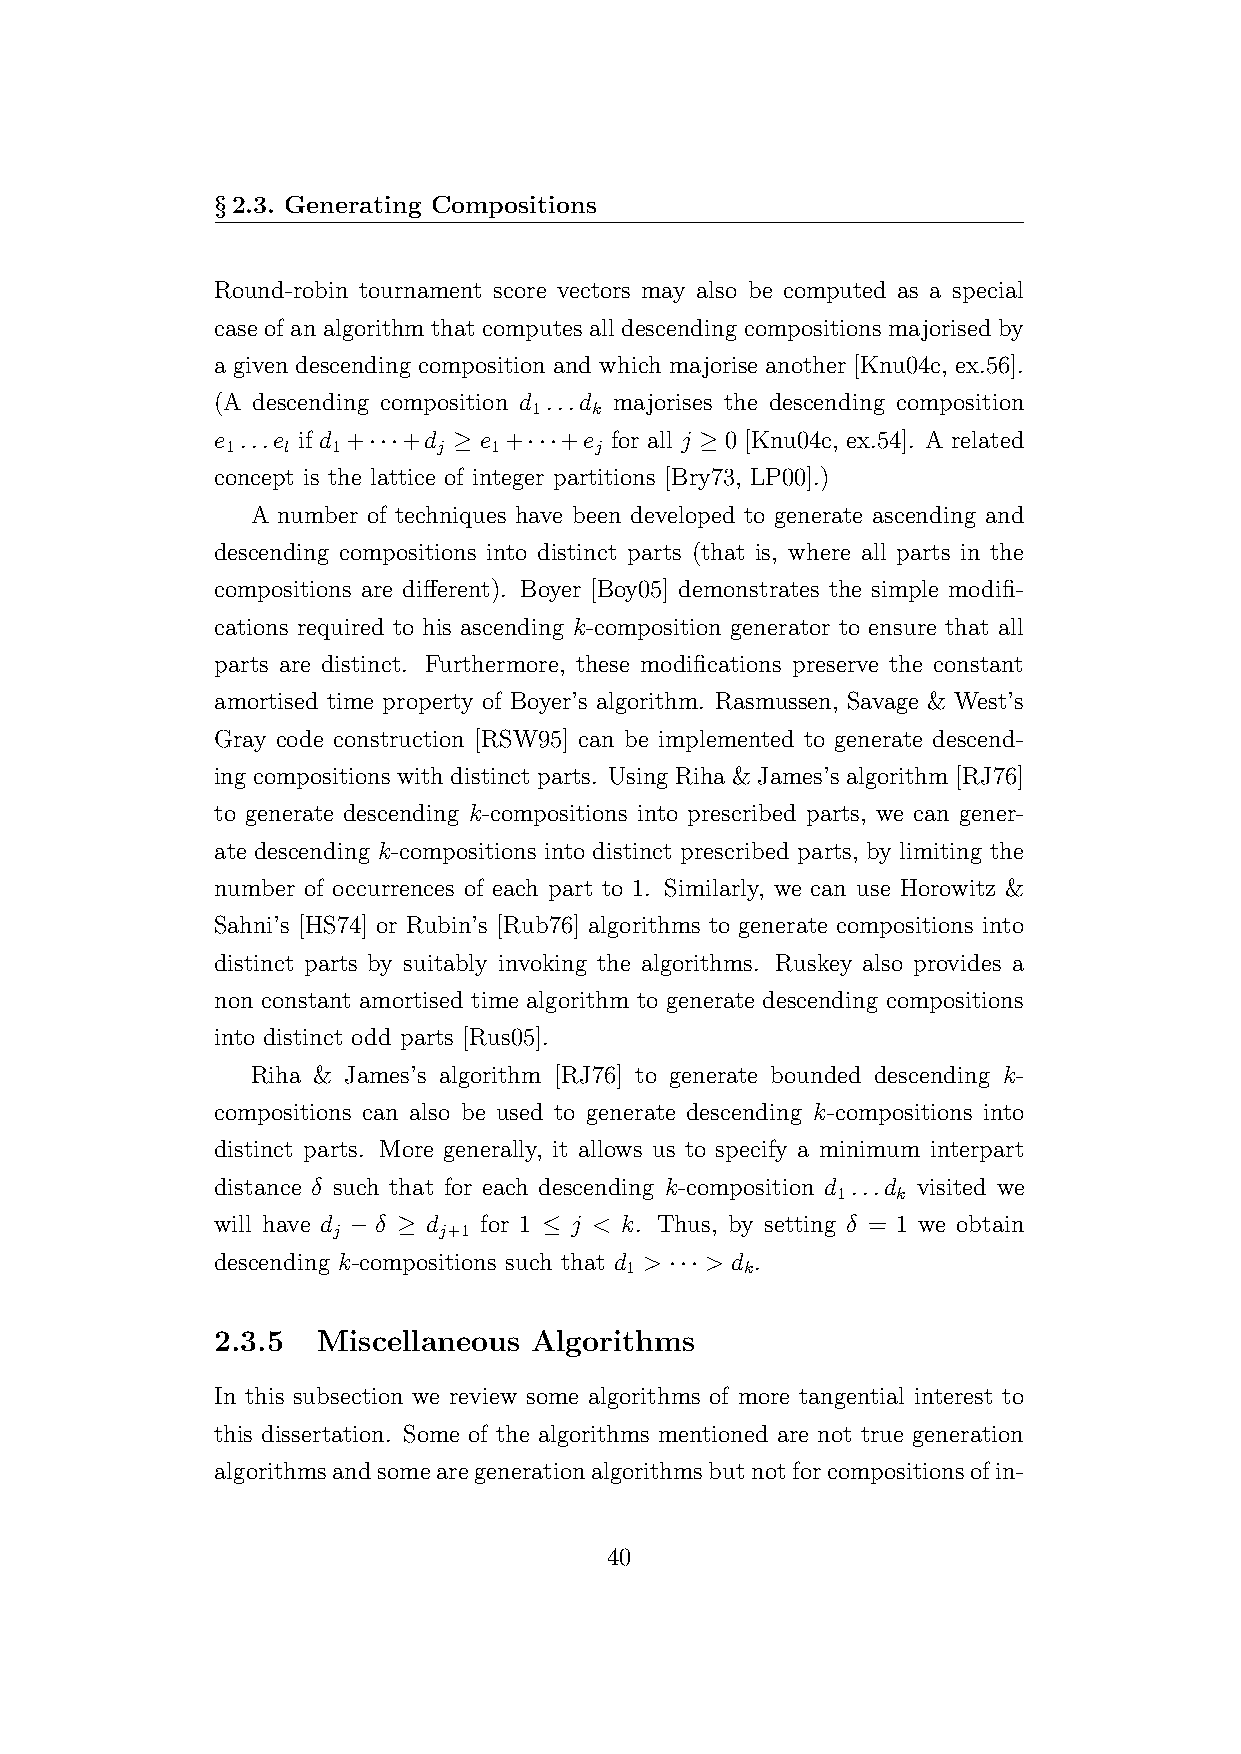
§2.3. Generating Compositions
 Round-robin tournament score vectors may also be computed as a special
 case of an algorithm that computes all descending compositions majorised by
 a given descending composition and which majorise another [Knu04c, ex.56].
 (A descending composition d ...d majorises the descending composition
 1   k
 e ...e if d +···+d ≥ e +···+e for all j ≥ 0 [Knu04c, ex.54]. A related
 1   l  1      j  1      j
 concept is the lattice of integer partitions [Bry73, LP00].)
 A number of techniques have been developed to generate ascending and
 descending compositions into distinct parts (that is, where all parts in the
 compositions are different). Boyer [Boy05] demonstrates the simple modifi-
 cations required to his ascending k-composition generator to ensure that all
 parts are distinct. Furthermore, these modifications preserve the constant
 amortised time property of Boyer’s algorithm. Rasmussen, Savage & West’s
 Gray code construction [RSW95] can be implemented to generate descend-
 ing compositions with distinct parts. Using Riha & James’s algorithm [RJ76]
 to generate descending k-compositions into prescribed parts, we can gener-
 ate descending k-compositions into distinct prescribed parts, by limiting the
 number of occurrences of each part to 1. Similarly, we can use Horowitz &
 Sahni’s [HS74] or Rubin’s [Rub76] algorithms to generate compositions into
 distinct parts by suitably invoking the algorithms. Ruskey also provides a
 non constant amortised time algorithm to generate descending compositions
 into distinct odd parts [Rus05].
 Riha & James’s algorithm [RJ76] to generate bounded descending k-
 compositions can also be used to generate descending k-compositions into
 distinct parts. More generally, it allows us to specify a minimum interpart
 distance δ such that for each descending k-composition d ...d visited we
 1   k
 will have d − δ ≥ d for 1 ≤ j < k. Thus, by setting δ = 1 we obtain
 j      j+1
 descending k-compositions such that d > ··· > d .
 1       k
 2.3.5  Miscellaneous Algorithms
 In this subsection we review some algorithms of more tangential interest to
 this dissertation. Some of the algorithms mentioned are not true generation
 algorithmsandsomearegenerationalgorithmsbutnotforcompositionsofin-
 40